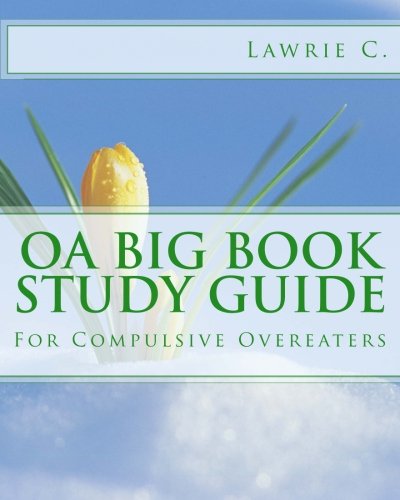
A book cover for OA Big Book Study Guide: For Compulsive Overeaters; Lawrie C.; Self-Help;